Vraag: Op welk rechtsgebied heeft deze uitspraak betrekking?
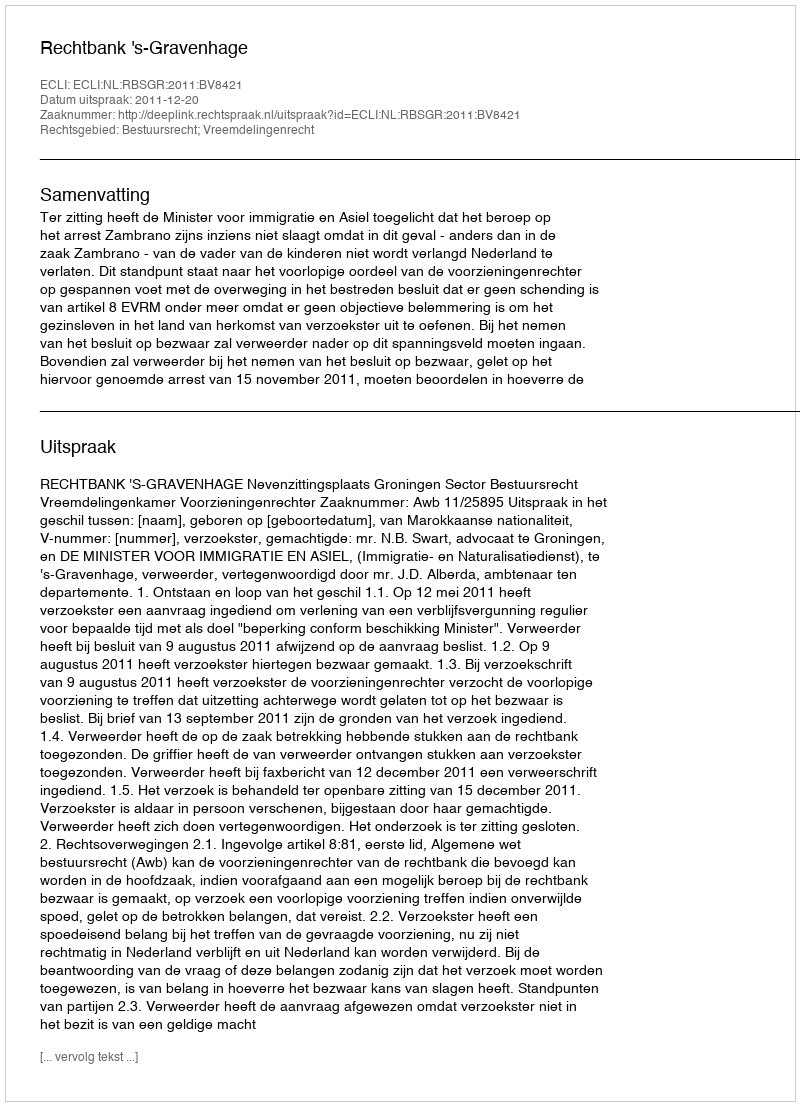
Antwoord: Bestuursrecht; Vreemdelingenrecht